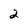
Character: 2